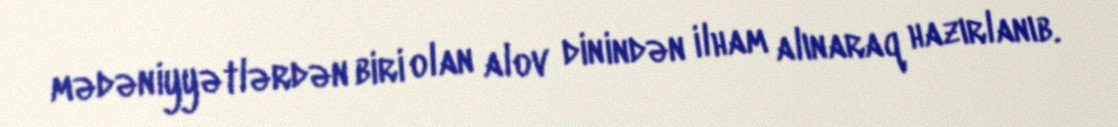
mədəniyyətlərdən biri olan alov dinindən ilham alınaraq hazırlanıb.